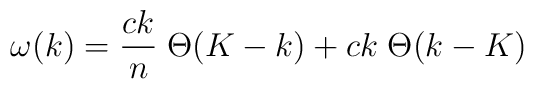
\omega(k) = {c k\over n} \; \Theta(K-k) + ck \; \Theta(k-K)